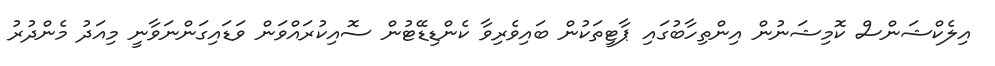
އިލެކްޝަންސް ކޮމިޝަނުން އިންތިހާބުގައި ޕާޓީތަކުން ބައިވެރިވާ ކެންޑިޑޭޓުން ސޮއިކުރައްވަން ވަޑައިގަންނަވާނީ މިއަދު މެންދުރު